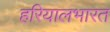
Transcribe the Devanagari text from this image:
हरियालभारत